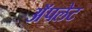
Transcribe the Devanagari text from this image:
अॅपलेट